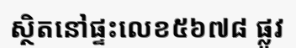
ស្ថិតនៅផ្ទះលេខ៥៦៧៨ ផ្លូវ